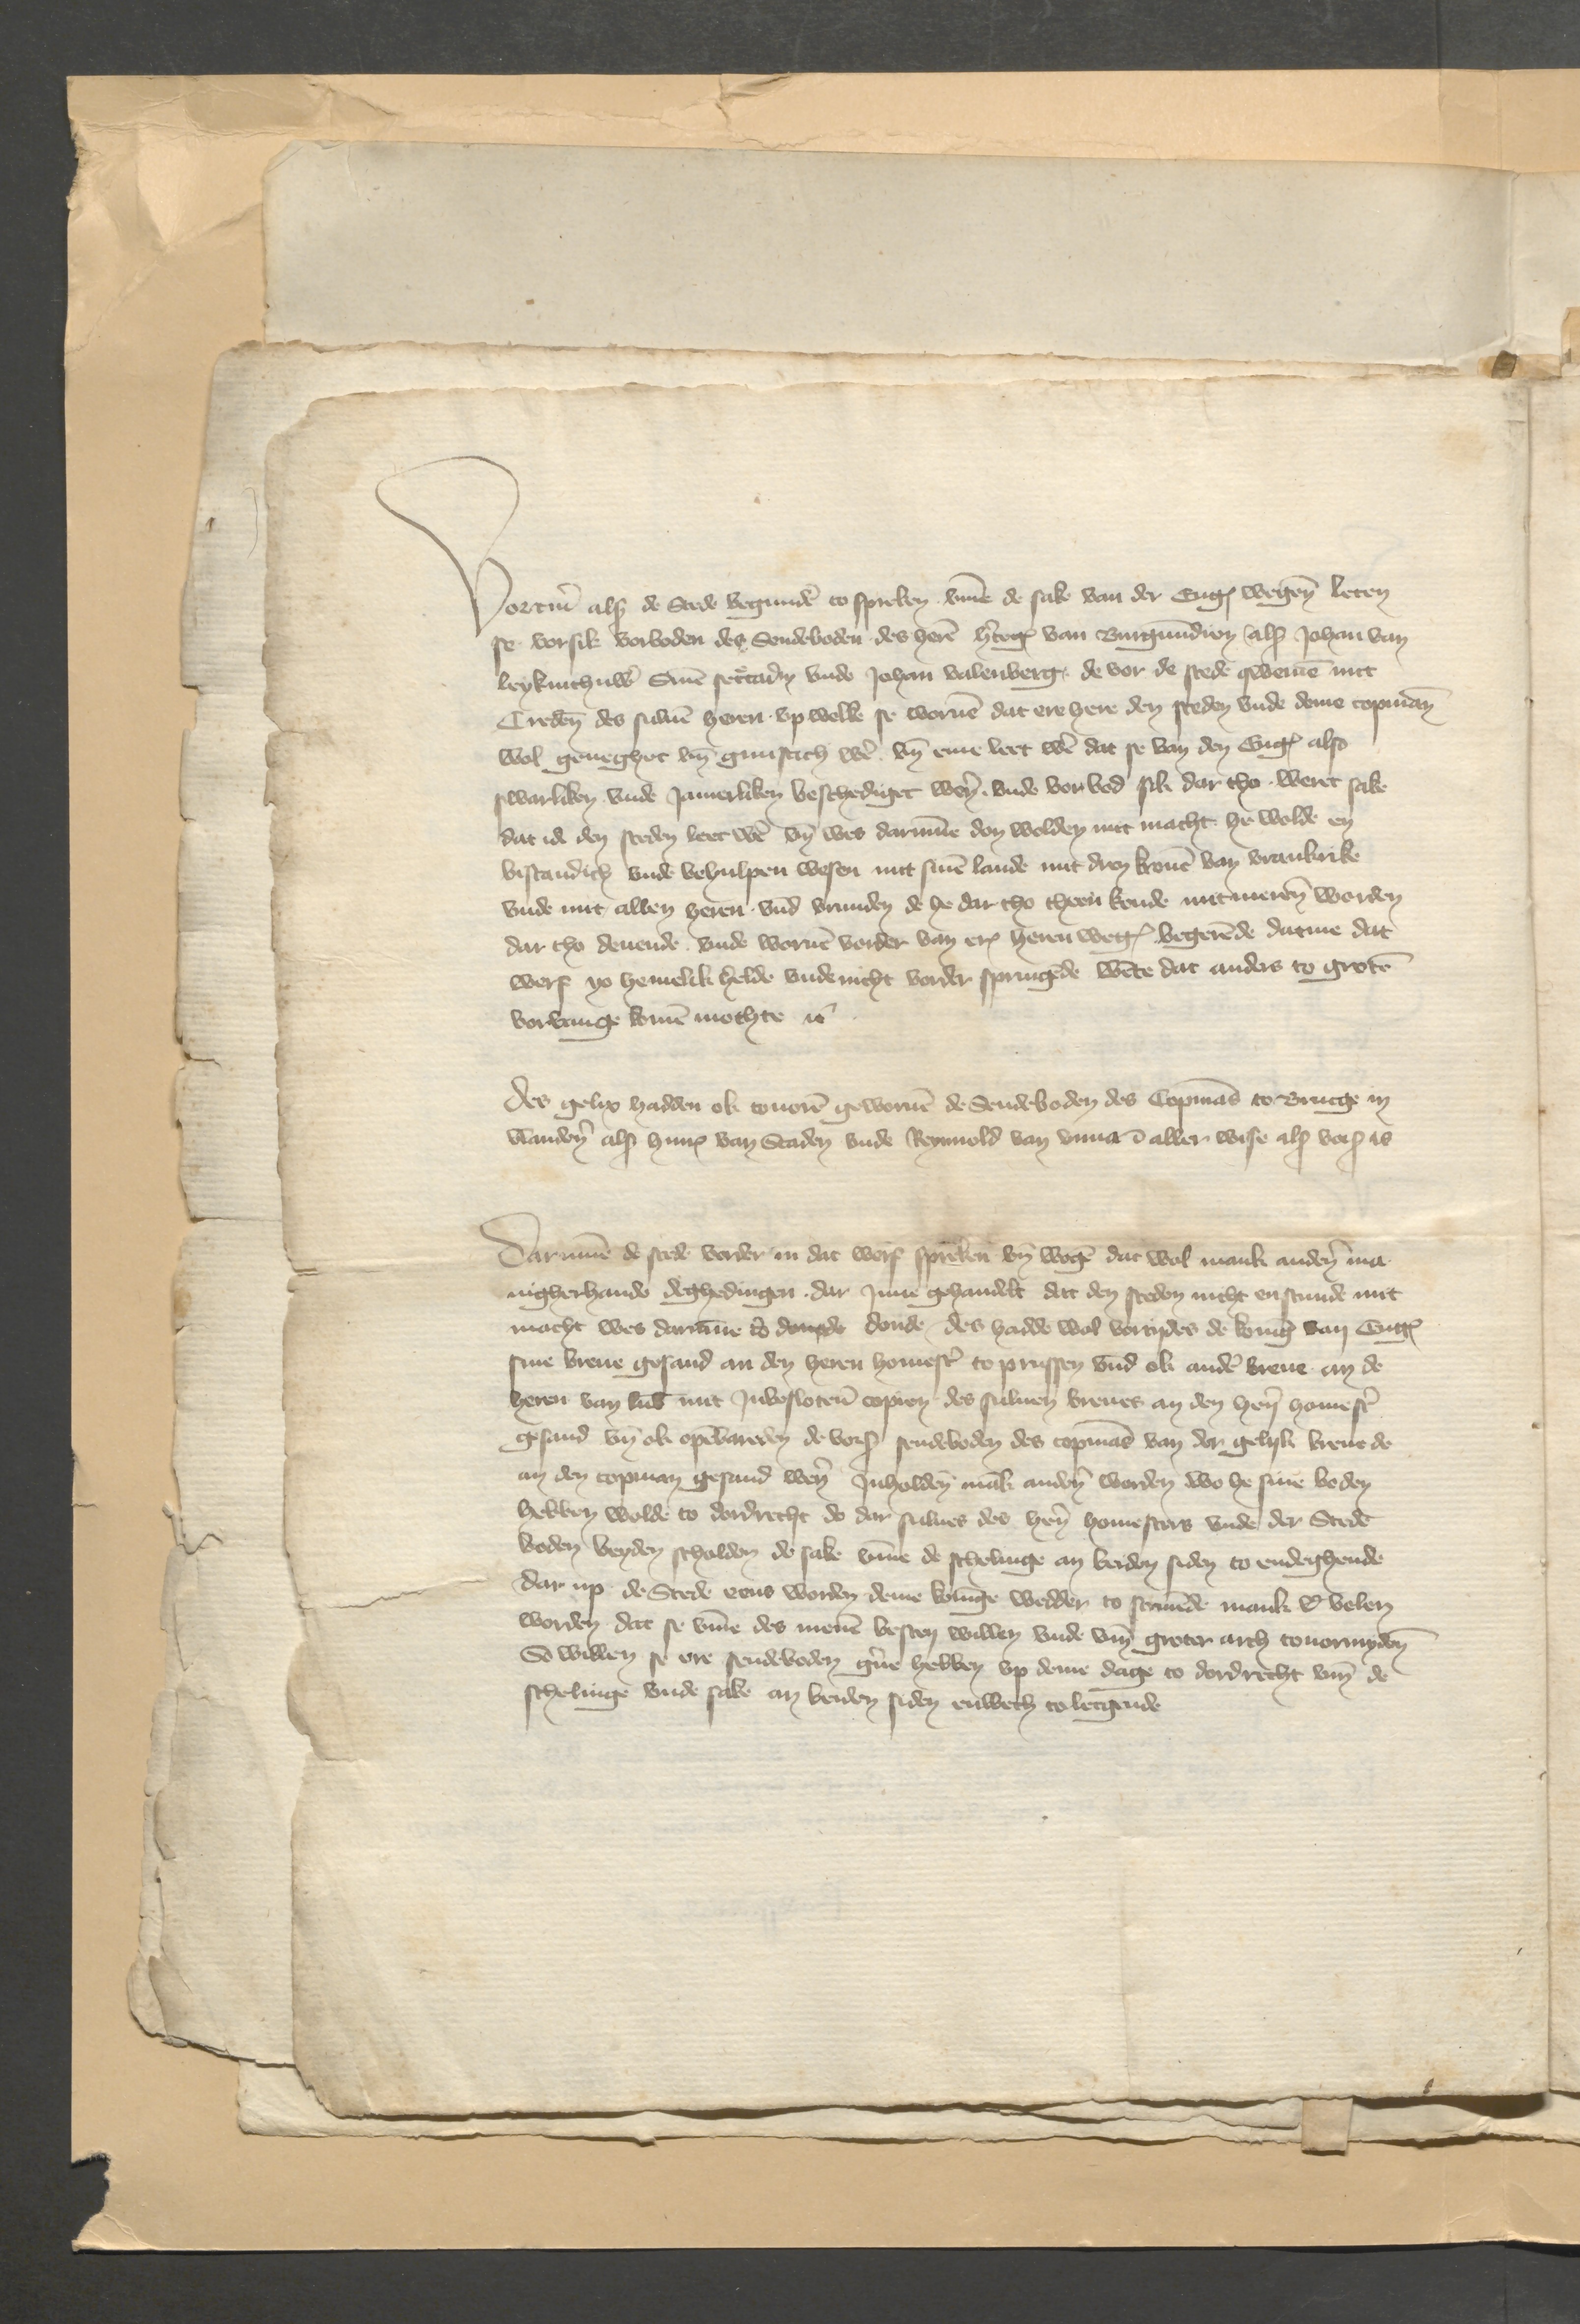
Vortmer als de Stede begunden to spreken vmme de sake van der Englischen wegen leten
se vorsik vorboden des Sendeboden des heren hertogen van Burgundien als Johan van
Leykinthuw secad vnde vnde Johan Balenberg, de vor de stede qwemen mit
Credencien des suluen heren vp welke se woruen dat ere here den steden vnde deme Copman
wol geneghet vnd gunstich were vnd eme leet were dat se van den Englischen also
swarliken vnde Jamerliken beschediget weren vnde vorbod sik dar tho weret sake
dat id den steden leer were vnd wes darumme den wolden mit macht he wolde en
bistandich vnde behulpen wesen mit sinen lande mit dren Kronen van Vrankrike
vnde mit allen heren vnd vrunden de he dar tho theen konde mit mereren werden
dar tho denende, vnde weruen vorder van etcetera heren wegen begerende datme dat
werf yo hemelik helde vnde nicht vorder springende wente dat anders to groten
vorvange komen mochte etcetera

des gelix hadden ok touoren geworuen de Sendeboden des Copmans to Brucge in
Vlanderen als Hinrich van Staden vnde Reynold van Vnna aller wise als vorscreuen is

Darumme de stede vorder in dat werf spreken vnd wegen dat wol mank anderen ma¬
nigherhande deghedingen, dar Jnne gehandelt dat den steden nicht en stunde mit
macht wes darumme tor donde donde des hadde wol vortydes de koning van England
sine breue gesand an den heren homeister to Prussen vnd ok andere breue an de
heren van Lubeke mit Jnbesloten Copien des suluen breues an den heren homester
gesand vnd ok openbareden de vorscreuen sendeboden des Copmans van der gelyk breue de
an den Copman gesand weren Jnholden mank anderen worden wo he sine beden
hebben wolde to dordrecht do dar sulues des heren homesters vnde der Steden
boden beyden scholden de sake vmme de schelinge an beiden siden to endeghende
dar up de Stede eens wordenn deme koninge wedder to samende mank er velen
worden, dat se vmme des menen besten willen vnde vmme groter arch touormyden
So willen se ere sendeboden gerne hebben vp deme dage to Dordrecht vmme de
schelinge vnde sake an beiden siden enwech to lecgende